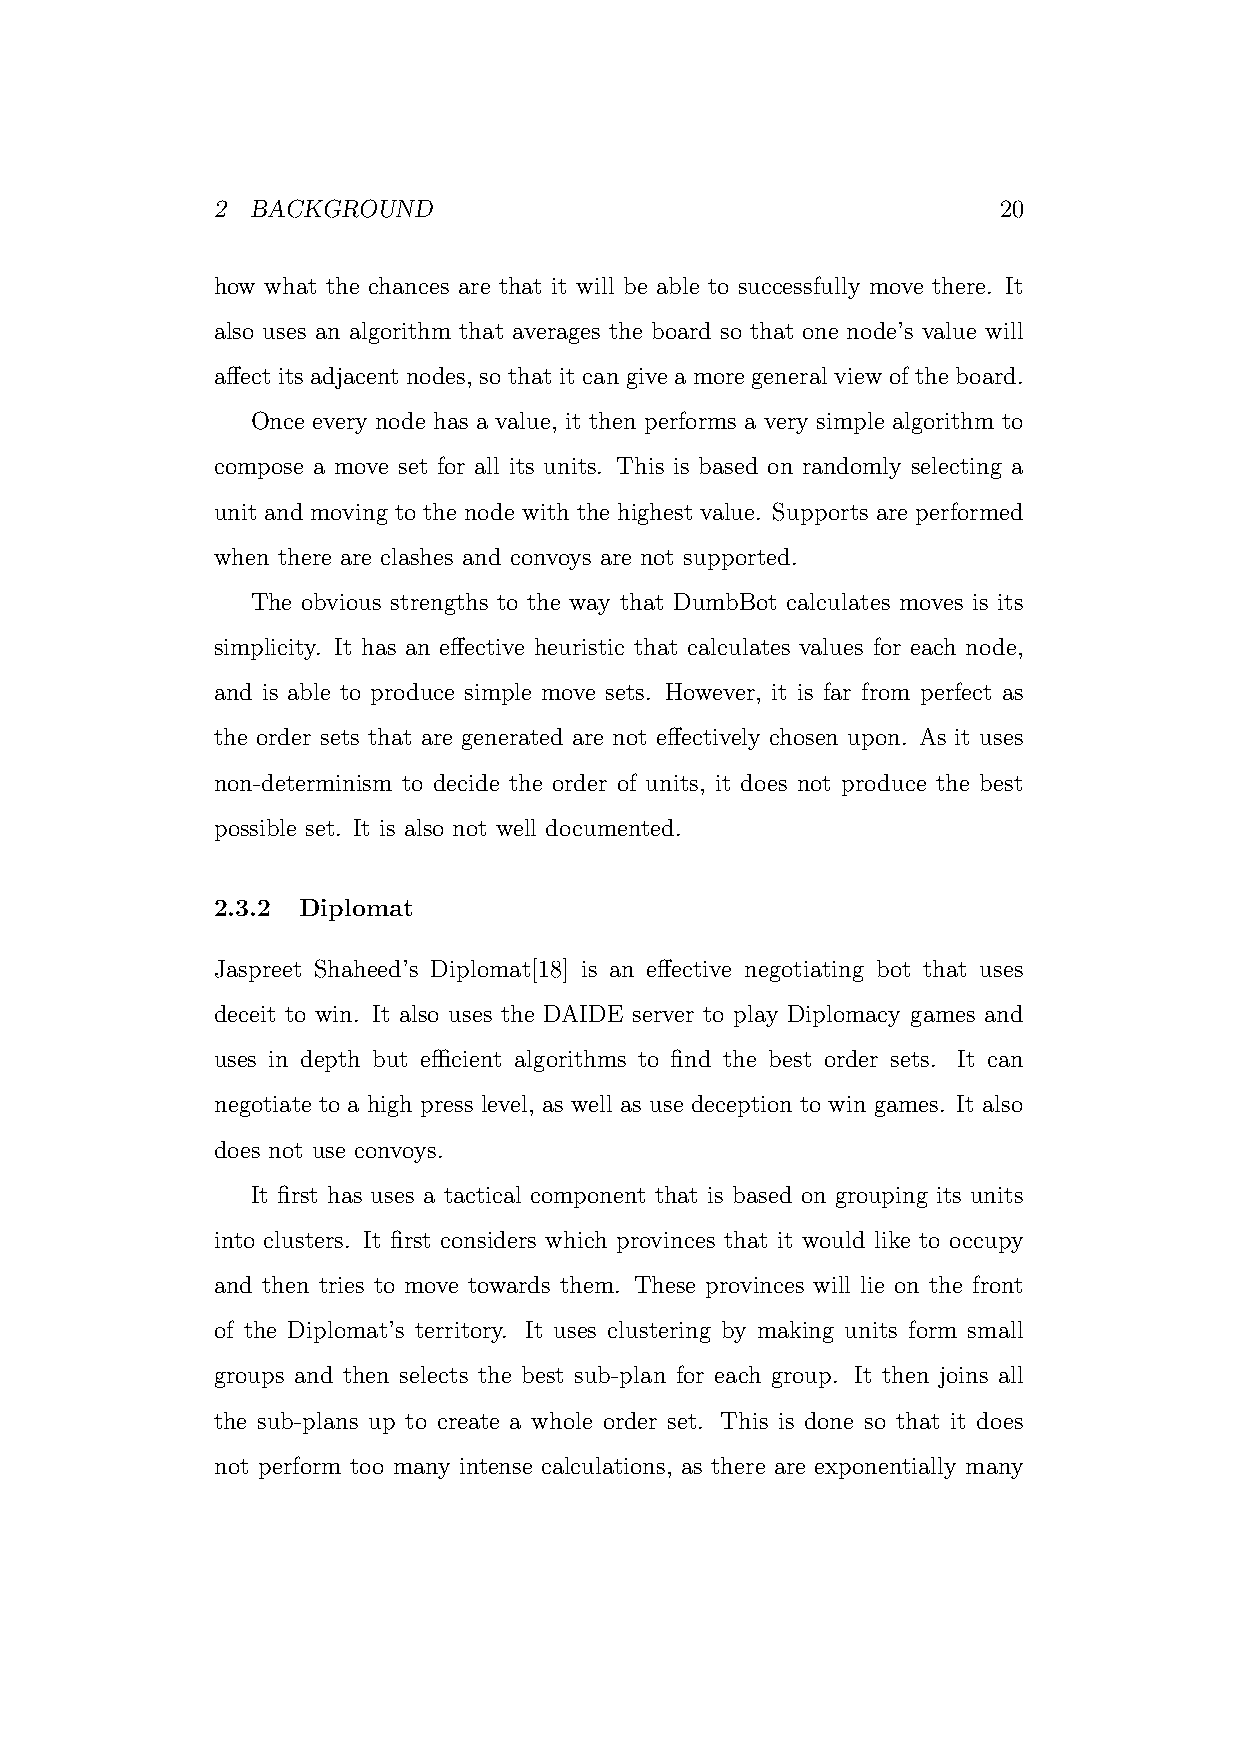
2  BACKGROUND                                       20
 how what the chances are that it will be able to successfully move there. It
 also uses an algorithm that averages the board so that one node’s value will
 affect its adjacent nodes, so that it can give a more general view of the board.
 Once every node has a value, it then performs a very simple algorithm to
 compose a move set for all its units. This is based on randomly selecting a
 unit and moving to the node with the highest value. Supports are performed
 when there are clashes and convoys are not supported.
 The obvious strengths to the way that DumbBot calculates moves is its
 simplicity. It has an effective heuristic that calculates values for each node,
 and is able to produce simple move sets. However, it is far from perfect as
 the order sets that are generated are not effectively chosen upon. As it uses
 non-determinism to decide the order of units, it does not produce the best
 possible set. It is also not well documented.
 2.3.2 Diplomat
 Jaspreet Shaheed’s Diplomat[18] is an effective negotiating bot that uses
 deceit to win. It also uses the DAIDE server to play Diplomacy games and
 uses in depth but efficient algorithms to find the best order sets. It can
 negotiate to a high press level, as well as use deception to win games. It also
 does not use convoys.
 It first has uses a tactical component that is based on grouping its units
 into clusters. It first considers which provinces that it would like to occupy
 and then tries to move towards them. These provinces will lie on the front
 of the Diplomat’s territory. It uses clustering by making units form small
 groups and then selects the best sub-plan for each group. It then joins all
 the sub-plans up to create a whole order set. This is done so that it does
 not perform too many intense calculations, as there are exponentially many